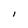
Character: I